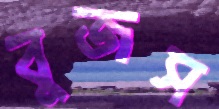
বুজস